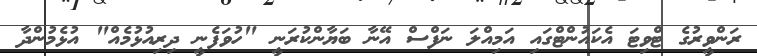
ރަންވީރުގެ ޓްވިޓަ އެކައުންޓްގައި އަމިއްލަ ނަފްސް އޭނާ ބަޔާންކުރަނީ "ހުވަފެނީ ދިރިއުޅުމެއް" އުޅެމުންދާ